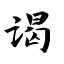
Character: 谒